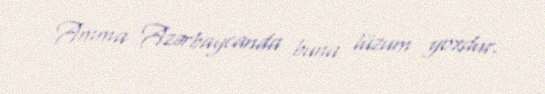
Amma Azərbaycanda buna lüzum yoxdur.